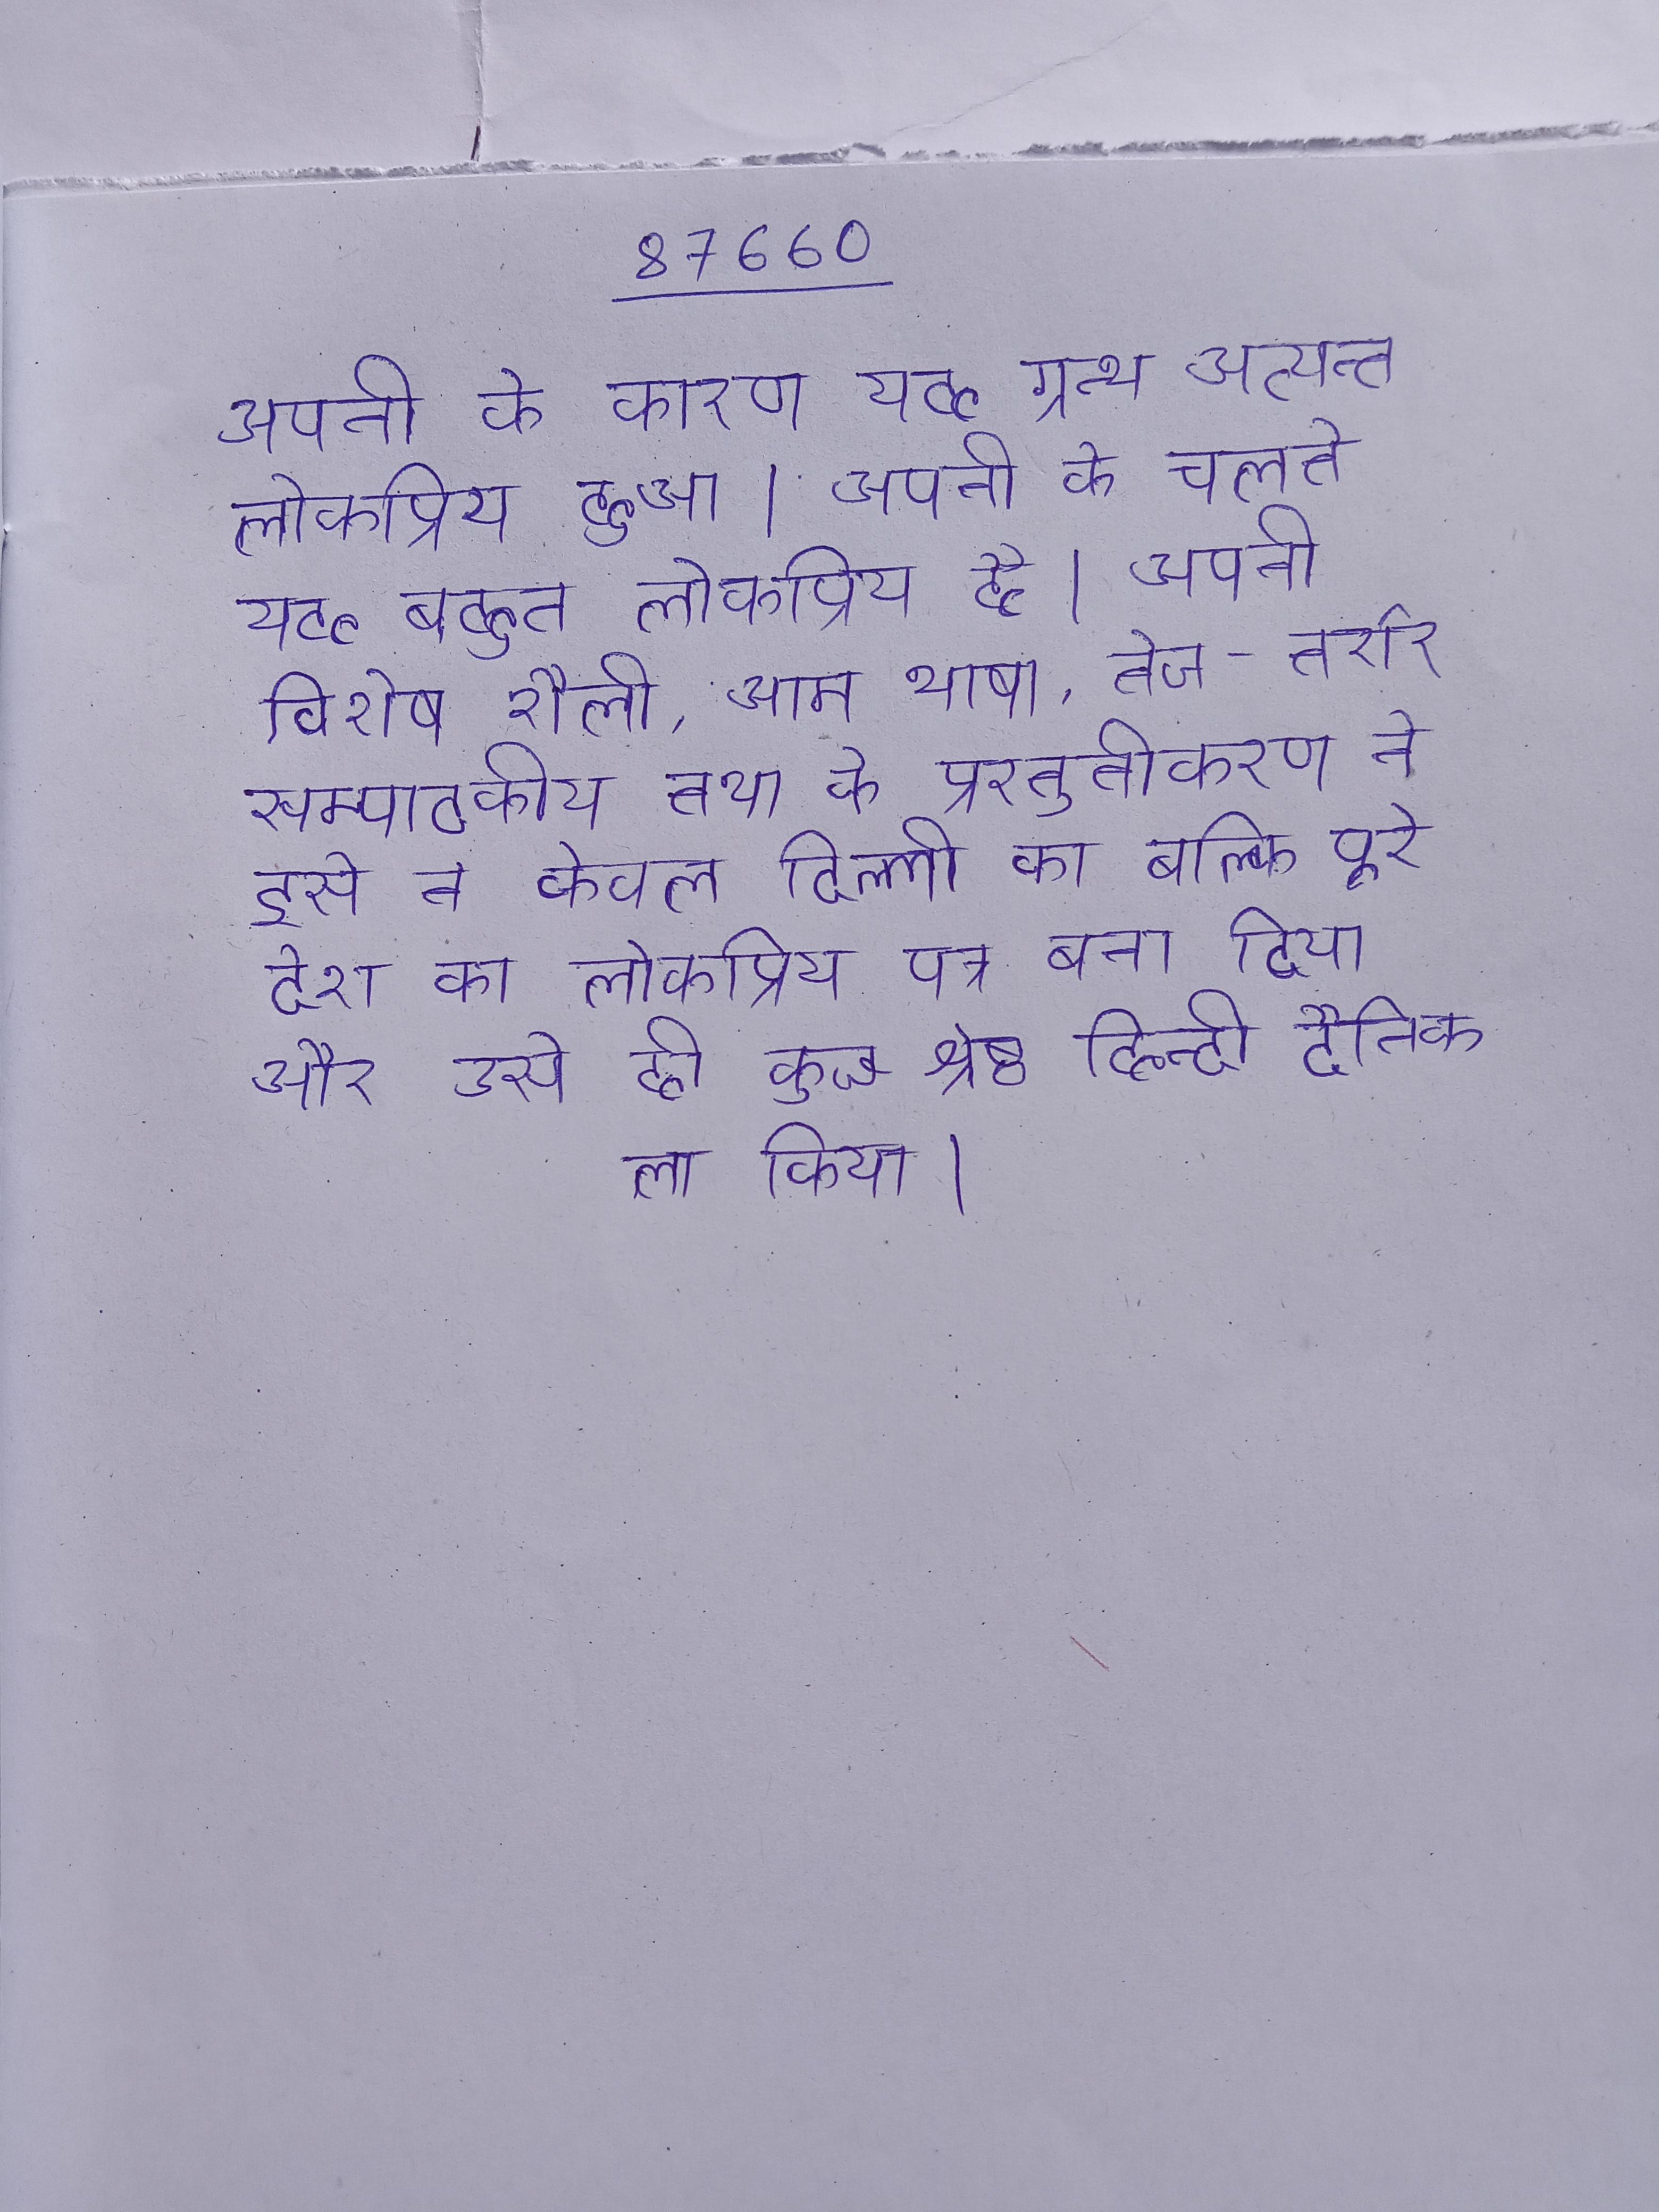
अपनी के कारण यह ग्रन्थ अत्यन्त लोकप्रिय हुआ । अपनी के चलते यह बहुत लोकप्रिय है । अपनी विशेष शैली, आम भाषा, तेज-तर्रार सम्पादकीय तथा के प्रस्तुतीकरण ने इसे न केवल दिल्ली का बल्कि पूरे देश का लोकप्रिय पत्र बना दिया और उसे ही कुछ श्रेष्ठ हिन्दी दैनिक ला किया ।